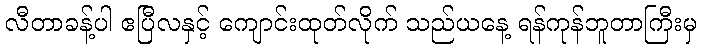
လီတာခန့်ပါ ဧပြီလနှင့် ကျောင်းထုတ်လိုက် သည်ယနေ့ ရန်ကုန်ဘူတာကြီးမှ